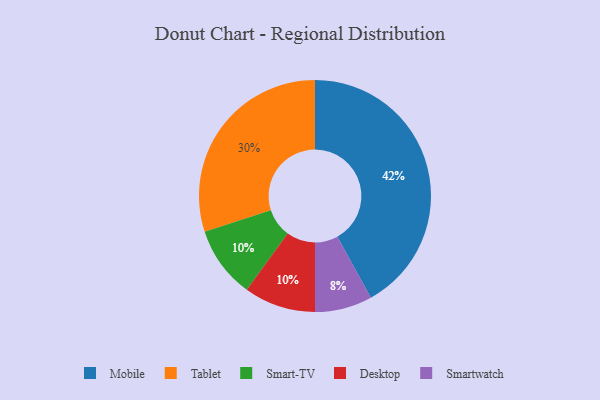
{"axis": {"x": "Category", "y": "Percentage"}, "legend": ["Desktop", "Mobile", "Smart-TV", "Smartwatch", "Tablet"], "data": [{"x": "Mobile", "y": 42, "type": "Mobile"}, {"x": "Tablet", "y": 30, "type": "Tablet"}, {"x": "Smart-TV", "y": 10, "type": "Smart-TV"}, {"x": "Desktop", "y": 10, "type": "Desktop"}, {"x": "Smartwatch", "y": 8, "type": "Smartwatch"}]}